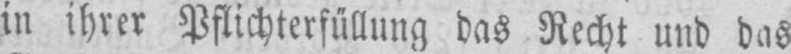
in ihrer Pflichterfüllung das Recht und das